Annual report on the health of the army in India
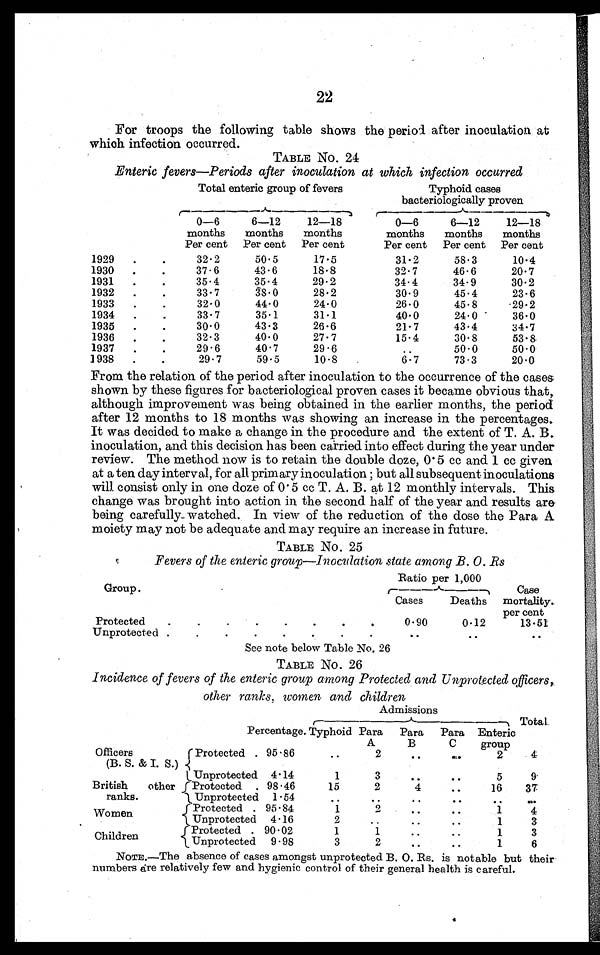
22
For troops the following table shows the period after inoculation at
which infection occurred.
TABLE No. 24
Enteric fevers—Periods after inoculation at which infection occurred
Total enteric group of fevers
Typhoid cases
bacteriologically proven
0—6
months
Per cent
6—12
months
Per cent
12—18
months
Per cent
0—6
months
Per cent
6—12
months
Per cent
12—18
months
Per cent
1929 . .
32.2
50.5
17.5
31.2
58.3
10.4
1930 . .
37.6
43.6
18.8
32.7
46.6
20.7
1931 . .
35.4
35.4
29.2
34.4
34.9
30.2
1932 . .
33.7
38.0
28.2
30.9
45.4
23.6
1933 . .
32.0
44.0
24.0
26.0
45.8
29.2
1934 . .
33.7
35.1
31.1
40.0
24.0
36.0
1935 . .
30.0
43.3
26.6
21.7
43.4
34.7
1936 . .
32.3
40.0
27.7
15.4
30.8
53.8
1937 . .
29.6
40.7
29.6
. .
50.0
50.0
1938 . .
29.7
59.5
10.8
6.7
73.3
20.0
From the relation of the period after inoculation to the occurrence of the cases
shown by these figures for bacteriological proven cases it became obvious that,
although improvement was being obtained in the earlier months, the period
after 12 months to 18 months was showing an increase in the percentages.
It was decided to make a change in the procedure and the extent of T. A. B.
inoculation, and this decision has been carried into effect during the year under
review. The method now is to retain the double doze, 0.5 cc and 1 cc given
at a ten day interval, for all primary inoculation ; but all subsequent inoculations
will consist only in one doze of 0.5 cc T. A. B. at 12 monthly intervals. This
change was brought into action in the second half of the year and results are
being carefully watched. In view of the reduction of the dose the Para A
moiety may not be adequate and may require an increase in future.
TABLE No. 25
Fevers of the enteric group—Inoculation state among B. 0. Rs
Ratio per 1,000
Group .
Cases
Deaths
Case
mortality.
per cent
Protected . . .
0.90
0.12
13.51
Unprotected . . .
. .
. .
. .
See note below Table No. 26
TABLE No. 26
Incidence of fevers of the enteric group among Protected and Unprotected officers,
other ranks, women and children
Admissions
Percentage. Typhoid Para
A
Para
B
Para
C
Enteric
group
Total
Officers
(B. S. & I. S.)
Protected . 95.86
. .
2
. .
. .
2
4
Unprotected 4.14
1
3
. .
. .
5
9
British other
ranks.
Protected . 98.46
15
2
4
. .
16
37
Unprotected
1.54
. .
. .
. .
. .
. .
. .
Women
Protected . 95.84
1
2
. .
1
4
Unprotected
4.16
2
. .
. .
. .
1
3
Children
Protected . 90.02
1
1
. .
. .
1
3
Unprotected
9.98
3
2
. .
. .
1
6
NOTE.—The absence of cases amongst unprotected B. 0. Rs. is notable but their
numbers are relatively few and hygienic control of their general health is careful.